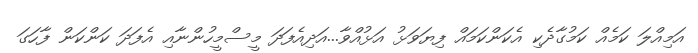
އަމިއްލަ ކަމެއް ކަމުގާދެކި އެކަންކަމައް ފިޔަވަޅު އަޅުއްވާ...އަދިއެފަދަ މީސްމީހުންނާއި އެފަދަ ކަންކަން ފާހަގަ